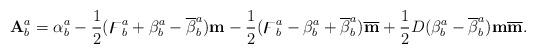
LaTeX: \begin{align*}\mathbf{A}_{b}^{a}=\alpha_{b}^{a}-\frac{1}{2}(\digamma_{b}^{a}+\beta_{b}^{a}-\overline{\beta}_{b}^{a})\mathbf{m}-\frac{1}{2}(\digamma_{b}^{a}-\beta_{b}^{a}+\overline{\beta}_{b}^{a})\overline{\mathbf{m}}+\frac{1}{2}D(\beta_{b}^{a}-\overline{\beta}_{b}^{a})\mathbf{m}\overline{\mathbf{m}}.\end{align*}